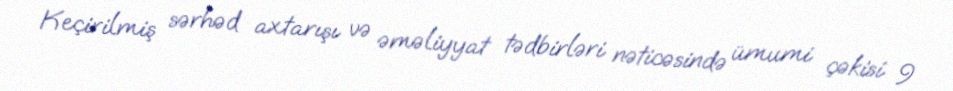
Keçirilmiş sərhəd axtarışı və əməliyyat tədbirləri nəticəsində ümumi çəkisi 9